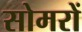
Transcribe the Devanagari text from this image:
सोमरों